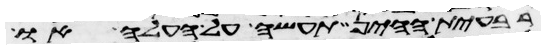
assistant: רבעית ההין תעשה על העלה או